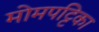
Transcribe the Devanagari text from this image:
मोमपट्टिका